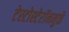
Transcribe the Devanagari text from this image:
टेस्टोस्टेरॉनमुळे